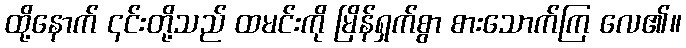
ထို့နောက် ၎င်းတို့သည် ထမင်းကို မြိန်ရှက်စွာ စားသောက်ကြ လေ၏။